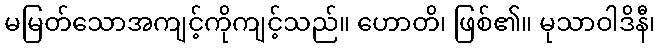
မမြတ်သောအကျင့်ကိုကျင့်သည်။ ဟောတိ၊ ဖြစ်၏။ မုသာဝါဒိနီ၊